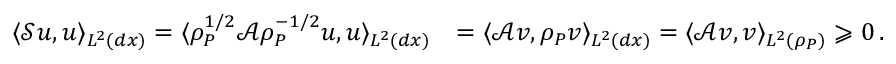
\begin{array} { r l } { \langle \mathcal { S } u , u \rangle _ { L ^ { 2 } ( d x ) } = \langle \rho _ { P } ^ { 1 / 2 } \mathcal { A } \rho _ { P } ^ { - 1 / 2 } u , u \rangle _ { L ^ { 2 } ( d x ) } } & { = \langle \mathcal { A } v , \rho _ { P } v \rangle _ { L ^ { 2 } ( d x ) } = \langle \mathcal { A } v , v \rangle _ { L ^ { 2 } ( \rho _ { P } ) } \geqslant 0 \, . } \end{array}